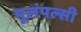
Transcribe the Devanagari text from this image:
मूलंपल्सी